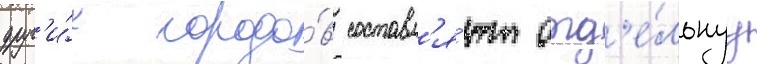
друг'и́х городо́в составл'я́ют отд'е́льнуу